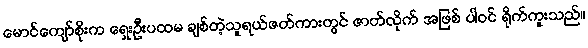
မောင်ကျော်စိုးက ရှေးဦးပထမ ချစ်တဲ့သူရယ်ဇတ်ကားတွင် ဇာတ်လိုက် အဖြစ် ပါဝင် ရိုက်ကူးသည်။